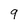
Character: 9